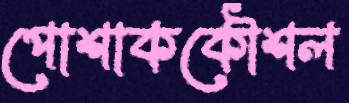
পোশাককৌশল